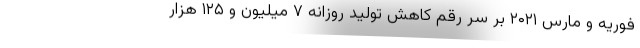
فوریه و مارس ۲۰۲۱ بر سر رقم کاهش تولید روزانه ۷ میلیون و ۱۲۵ هزار